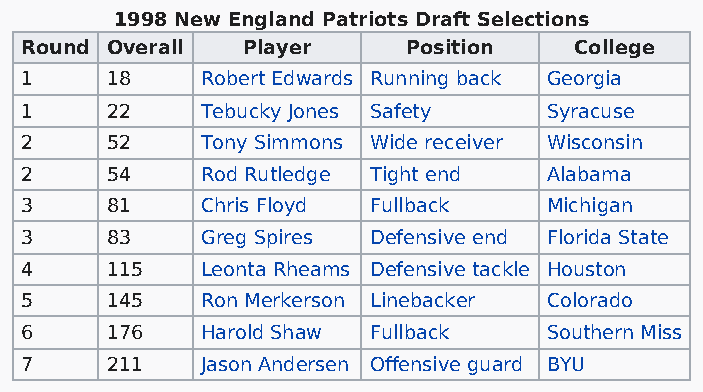
1998 New England Patriots Draft Selections
 Round Overall  Player     Position   College
 1     18    Robert Edwards Running back Georgia
 1     22    Tebucky Jones Safety   Syracuse
 2     52    Tony Simmons Wide receiver Wisconsin
 2     54    Rod Rutledge Tight end Alabama
 3     81    Chris Floyd Fullback   Michigan
 3     83    Greg Spires Defensive end Florida State
 4     115   Leonta Rheams Defensive tackle Houston
 5     145   Ron Merkerson Linebacker Colorado
 6     176   Harold Shaw Fullback   Southern Miss
 7     211   Jason Andersen Offensive guard BYU